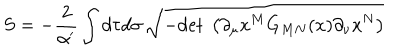
LaTeX: S = - \frac { 2 } { \alpha ^ { \prime } } \int d \tau d \sigma \, \sqrt { - \mathrm { d e t ~ } \left( \partial _ { \mu } x ^ { M } G _ { M N } ( x ) \partial _ { \nu } x ^ { N } \right) }